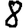
Digit: 8